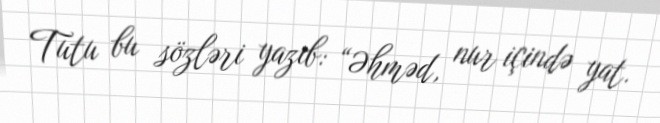
Tutu bu sözləri yazıb: “Əhməd, nur içində yat.